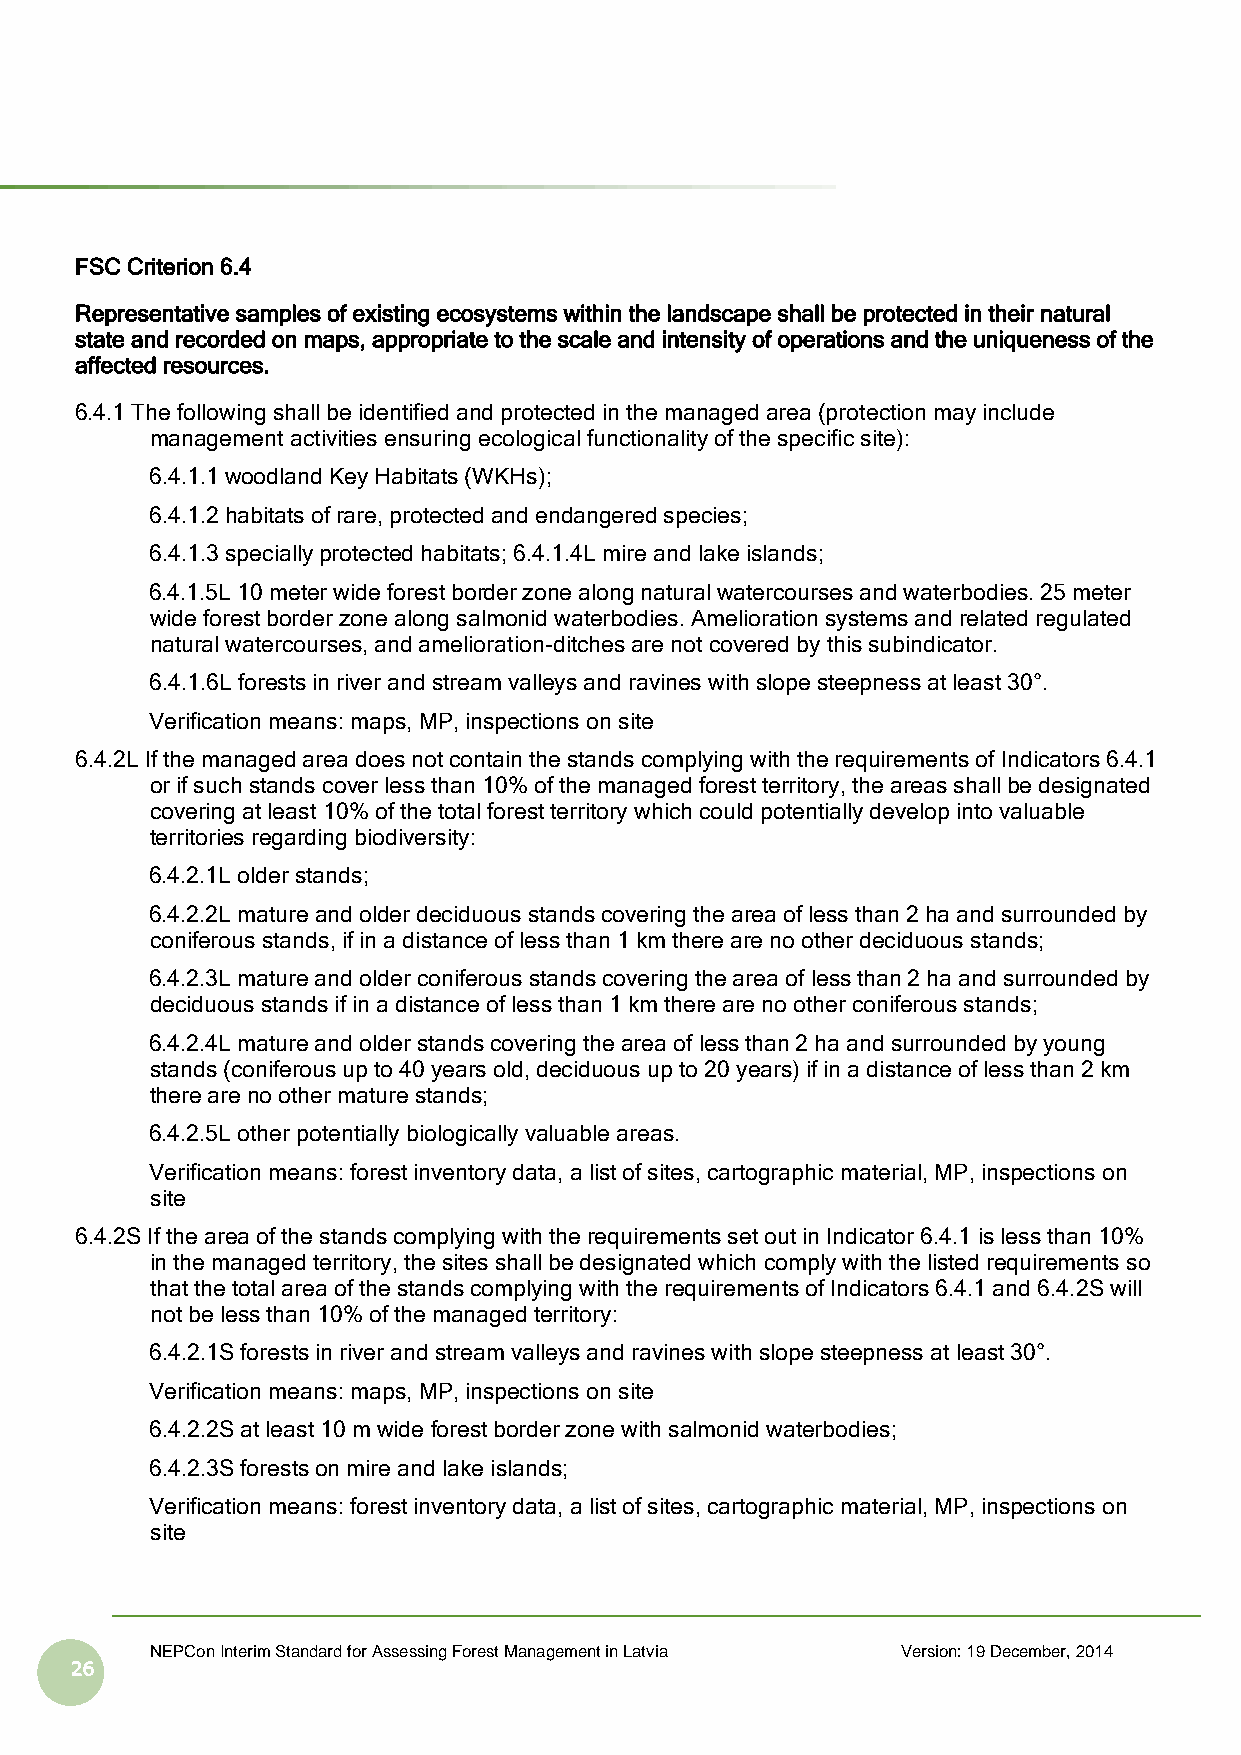
FSC Criterion 6.4
 Representative samples of existing ecosystems within the landscape shall be protected in their natural
 state and recorded on maps, appropriate to the scale and intensity of operations and the uniqueness of the
 affected resources.
 6.4.1 The following shall be identified and protected in the managed area (protection may include
 management activities ensuring ecological functionality of the specific site):
 6.4.1.1 woodland Key Habitats (WKHs);
 6.4.1.2 habitats of rare, protected and endangered species;
 6.4.1.3 specially protected habitats; 6.4.1.4L mire and lake islands;
 6.4.1.5L 10 meter wide forest border zone along natural watercourses and waterbodies. 25 meter
 wide forest border zone along salmonid waterbodies. Amelioration systems and related regulated
 natural watercourses, and amelioration-ditches are not covered by this subindicator.
 6.4.1.6L forests in river and stream valleys and ravines with slope steepness at least 30°.
 Verification means: maps, MP, inspections on site
 6.4.2L If the managed area does not contain the stands complying with the requirements of Indicators 6.4.1
 or if such stands cover less than 10% of the managed forest territory, the areas shall be designated
 covering at least 10% of the total forest territory which could potentially develop into valuable
 territories regarding biodiversity:
 6.4.2.1L older stands;
 6.4.2.2L mature and older deciduous stands covering the area of less than 2 ha and surrounded by
 coniferous stands, if in a distance of less than 1 km there are no other deciduous stands;
 6.4.2.3L mature and older coniferous stands covering the area of less than 2 ha and surrounded by
 deciduous stands if in a distance of less than 1 km there are no other coniferous stands;
 6.4.2.4L mature and older stands covering the area of less than 2 ha and surrounded by young
 stands (coniferous up to 40 years old, deciduous up to 20 years) if in a distance of less than 2 km
 there are no other mature stands;
 6.4.2.5L other potentially biologically valuable areas.
 Verification means: forest inventory data, a list of sites, cartographic material, MP, inspections on
 site
 6.4.2S If the area of the stands complying with the requirements set out in Indicator 6.4.1 is less than 10%
 in the managed territory, the sites shall be designated which comply with the listed requirements so
 that the total area of the stands complying with the requirements of Indicators 6.4.1 and 6.4.2S will
 not be less than 10% of the managed territory:
 6.4.2.1S forests in river and stream valleys and ravines with slope steepness at least 30°.
 Verification means: maps, MP, inspections on site
 6.4.2.2S at least 10 m wide forest border zone with salmonid waterbodies;
 6.4.2.3S forests on mire and lake islands;
 Verification means: forest inventory data, a list of sites, cartographic material, MP, inspections on
 site
 NEPCon Interim Standard for Assessing Forest Management in Latvia Version: 19 December, 2014
 26